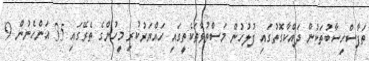
ތަފާސްހިސާބުތަކުން ދައްކާގޮތުގައި ފުލުހުން މަސްތުވާތަކެތީގައި ހައްޔަރުކުރި މީހުންގެ ތެރޭގައި 35 އަންހެނުން 9